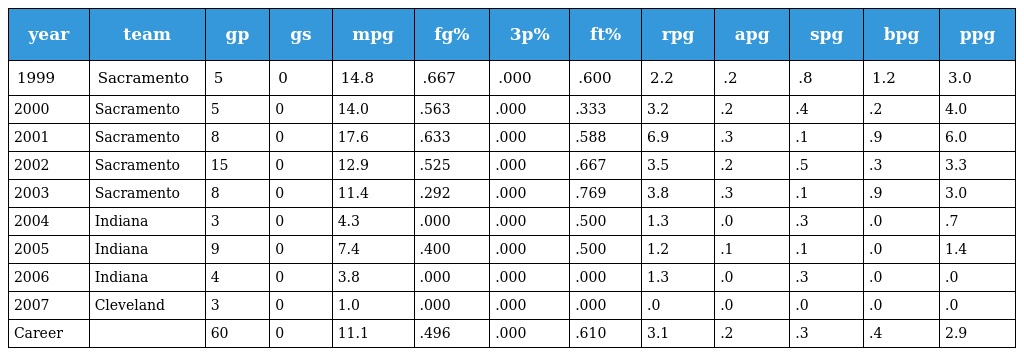
| year | team | gp | gs | mpg | fg% | 3p% | ft% | rpg | apg | spg | bpg | ppg |
 | --- | --- | --- | --- | --- | --- | --- | --- | --- | --- | --- | --- | --- |
 | 1999 | Sacramento | 5 | 0 | 14.8 | .667 | .000 | .600 | 2.2 | .2 | .8 | 1.2 | 3.0 |
 | 2000 | Sacramento | 5 | 0 | 14.0 | .563 | .000 | .333 | 3.2 | .2 | .4 | .2 | 4.0 |
 | 2001 | Sacramento | 8 | 0 | 17.6 | .633 | .000 | .588 | 6.9 | .3 | .1 | .9 | 6.0 |
 | 2002 | Sacramento | 15 | 0 | 12.9 | .525 | .000 | .667 | 3.5 | .2 | .5 | .3 | 3.3 |
 | 2003 | Sacramento | 8 | 0 | 11.4 | .292 | .000 | .769 | 3.8 | .3 | .1 | .9 | 3.0 |
 | 2004 | Indiana | 3 | 0 | 4.3 | .000 | .000 | .500 | 1.3 | .0 | .3 | .0 | .7 |
 | 2005 | Indiana | 9 | 0 | 7.4 | .400 | .000 | .500 | 1.2 | .1 | .1 | .0 | 1.4 |
 | 2006 | Indiana | 4 | 0 | 3.8 | .000 | .000 | .000 | 1.3 | .0 | .3 | .0 | .0 |
 | 2007 | Cleveland | 3 | 0 | 1.0 | .000 | .000 | .000 | .0 | .0 | .0 | .0 | .0 |
 | Career |  | 60 | 0 | 11.1 | .496 | .000 | .610 | 3.1 | .2 | .3 | .4 | 2.9 |